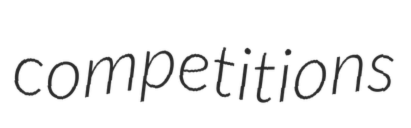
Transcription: competitions